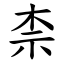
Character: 柰